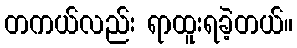
တကယ်လည်း ရာထူးရခဲ့တယ်။